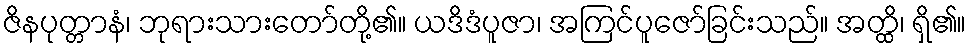
ဇိနပုတ္တာနံ၊ ဘုရားသားတော်တို့၏။ ယဒိဒံပူဇာ၊ အကြင်ပူဇော်ခြင်းသည်။ အတ္ထိ၊ ရှိ၏။